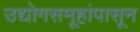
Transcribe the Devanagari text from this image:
उद्योगसमूहांपासून